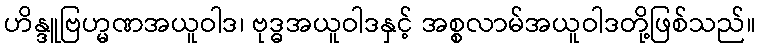
ဟိန္ဒူဗြဟ္မဏအယူဝါဒ၊ ဗုဒ္ဓအယူဝါဒနှင့် အစ္စလာမ်အယူဝါဒတို့ဖြစ်သည်။